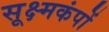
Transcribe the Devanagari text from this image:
सूक्ष्मकंपों